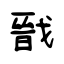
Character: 戩